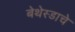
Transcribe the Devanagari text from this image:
बेथेस्डाचे